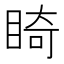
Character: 𥇚